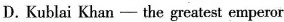
D.Kublai Khan - the greatest emperor